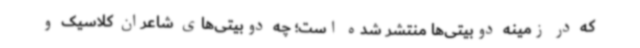
که در زمینه دوبیتی‌ها منتشر شده است؛ چه دوبیتی‌های شاعران کلاسیک و